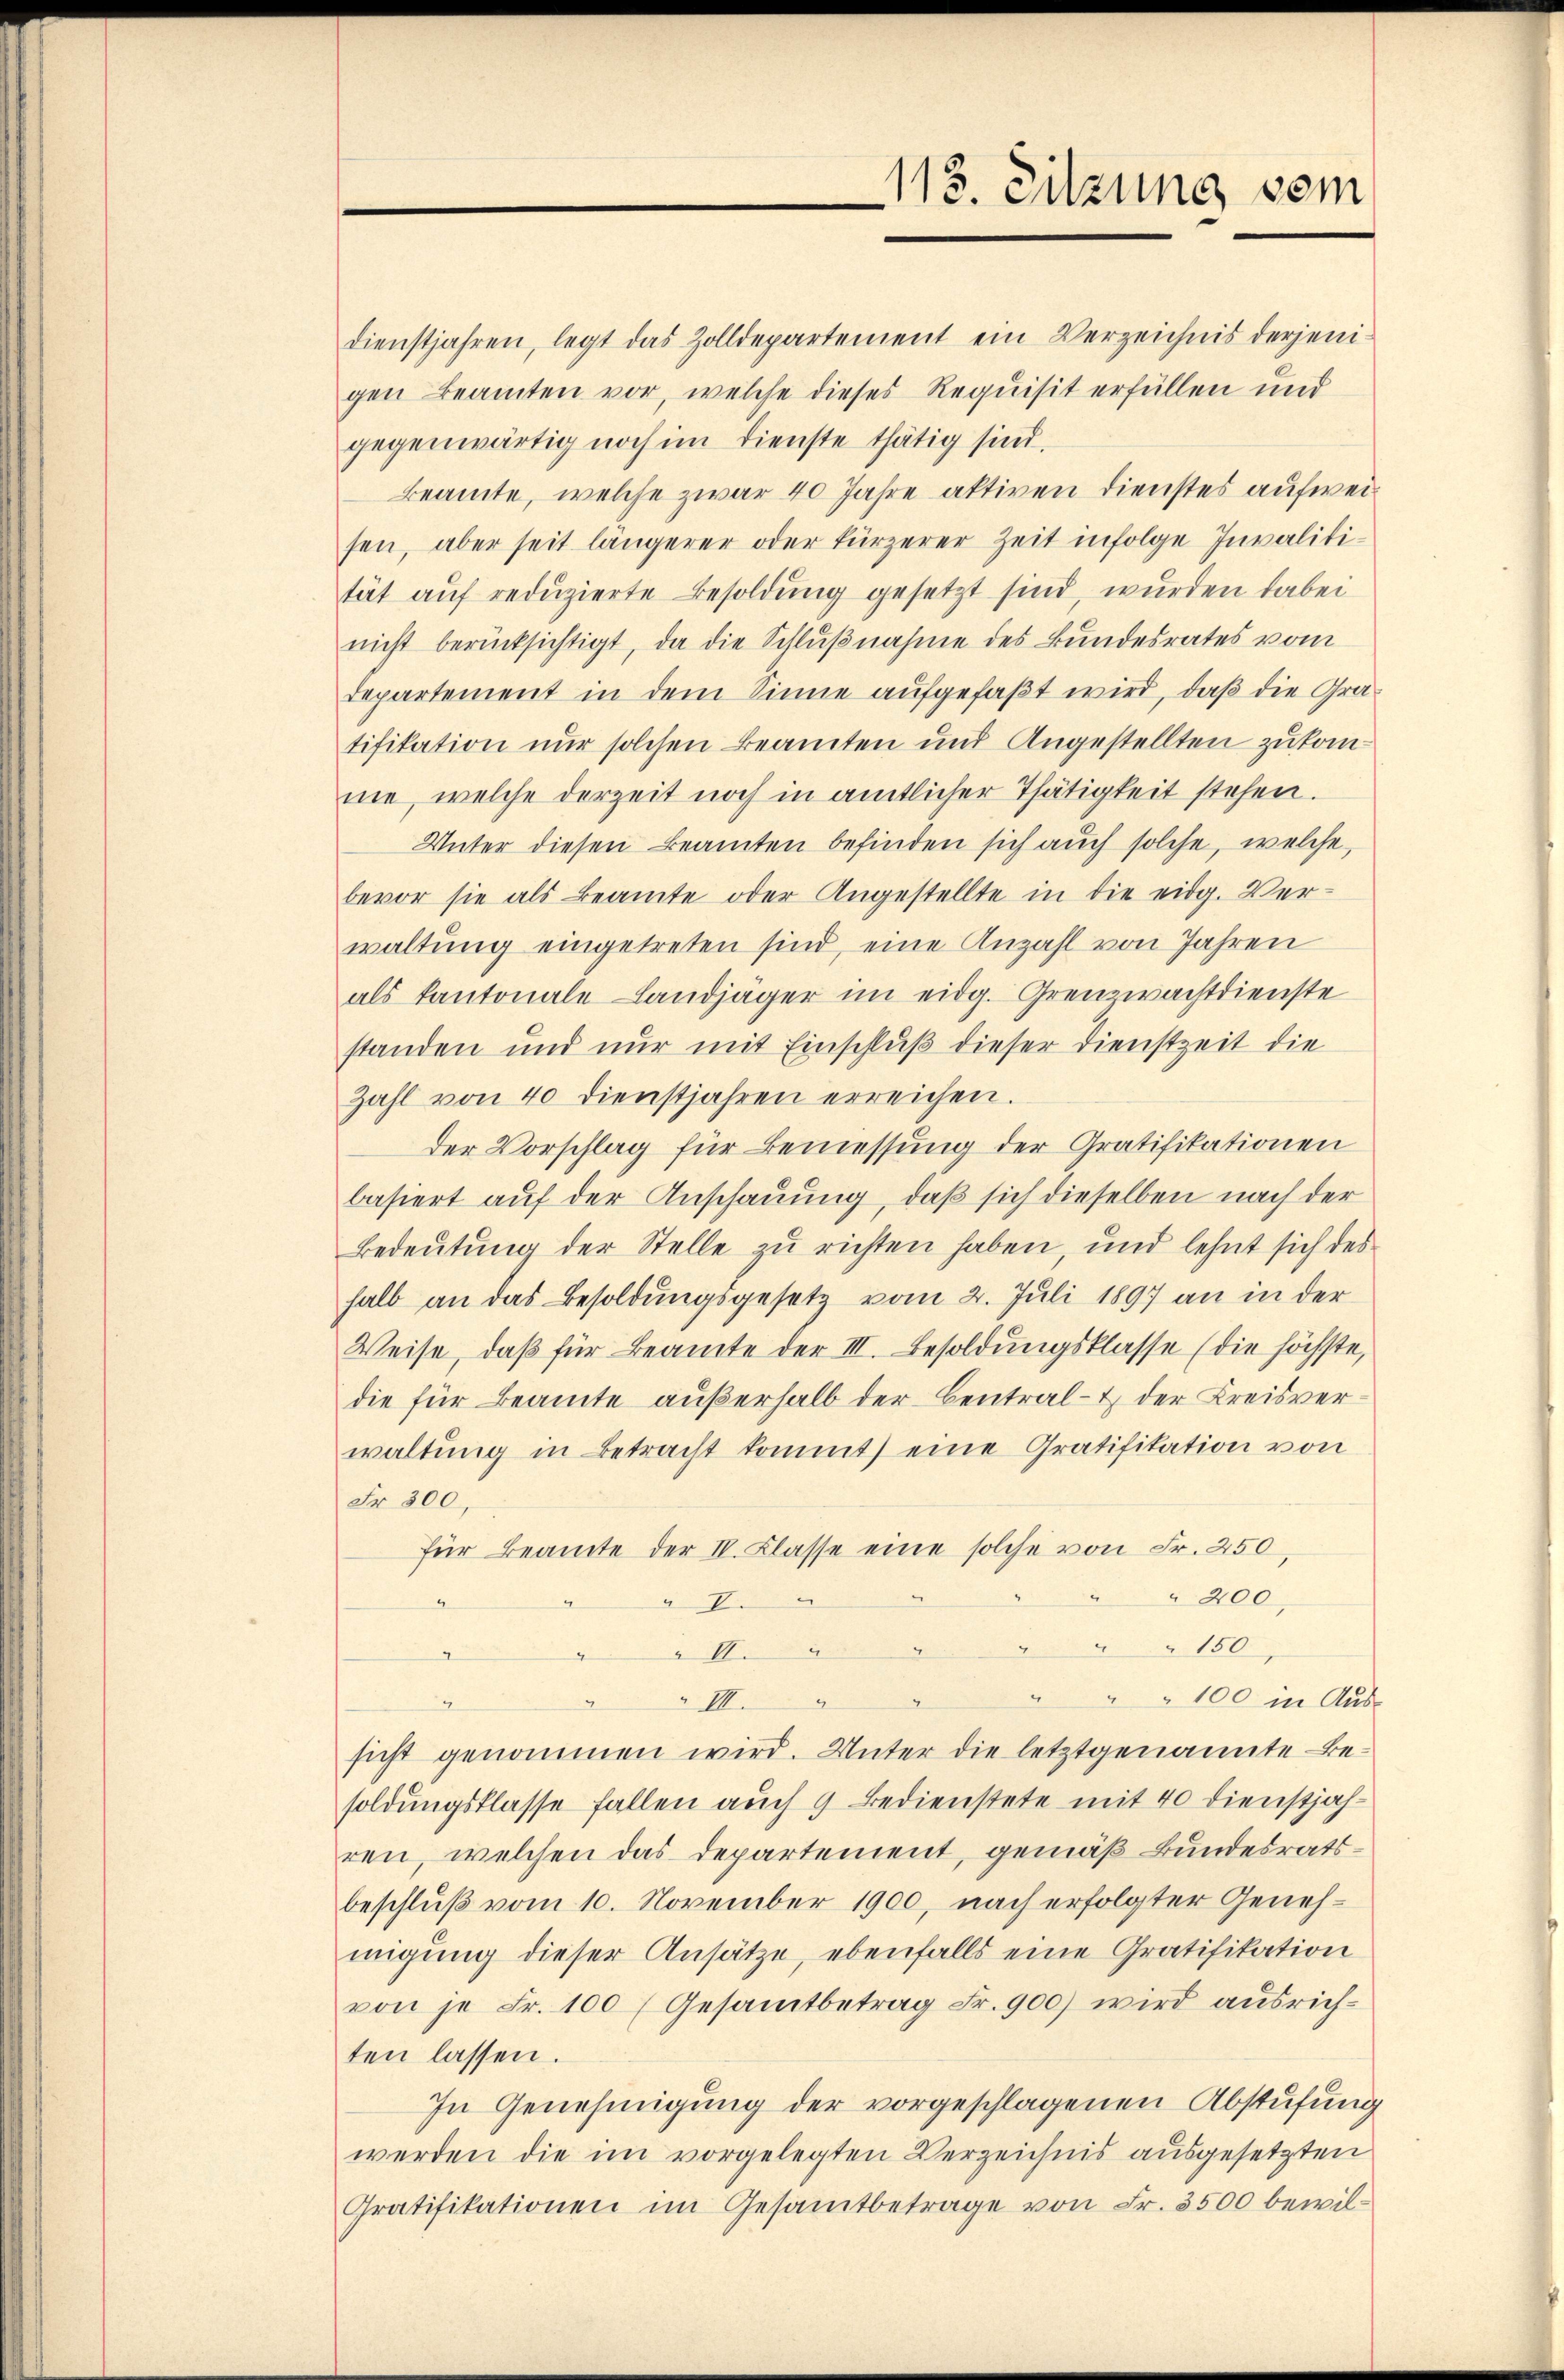
dienstjahren, legt das Zolldepartement ein Verzeichnis derjeni-
gen Beamten vor, welche dieses Requisit erfüllen und
gegenwärtig noch im Dienste thätig sind,
Beamte, welche zwar 40 Jahre aktiven Dienstes aufweisen, aber seit längerer oder kürzerer Zeit infolge Invalitität auf reduzierte Besoldung gesetzt sind, wurden dabei
nicht berücksichtigt, da die Schlŭβnahme des Bundesrates vom
departement in dem Sinne aufgefaßt wird, daß die Gratifikation nur solchen Beamten und Angestellten zukomne, welche derzeit noch in amtlicher Thätigkeit stehen.
Unter diesen Beamten befinden sich auch solche, welche,
bevor sie als Beamte oder Angestellte in die eidg. Ver-
waltung eingetreten sind, eine Anzahl von Jahren
als Kantonale Landjäger im eidg. Grenzwachtdienste
standen und nur mit Einschluß dieser Dienstzeit die
Zahl von 40 dienstjahren erreichen.
der Vorschlag für Bemessung der Gratifikationen
basiert auf der Anschauung, daß sich dieselben nach der
Bedeutung der Stelle zu richten haben, und lehnt sich des
halb an das Besoldungsgesetz vom 2. Juli 1897 an in der
Weise, daß für Beamte der III. Besoldungsklasse (die höchste,
die für Beamte außerhalb der Central - der Kreisverwaltung in Betracht kommt) eine Gratifikation von
Fr. 300,
für Beamte der IV. Klasse eine solche von Fr. 250,
200,
à 7
4
150
" I
g
" " 100 in Aus¬
VII.
sicht genommen wird. Unter die letztgenannte Besoldungsklasse fallen auch 9 Bedienstete mit 40 dienstjahren, welchen das Departement, gemäß Bundesratsbeschluß vom 10. November 1900, nach erfolgter Genehmigung dieser Ansätze, ebenfalls eine Gratifikation
von je Fr. 100 (Gesamtbetrag Fr. 900) wird ausrichten lassen.
In Genehmigung der vorgeschlagenen Abstufung
werden die im vorgelegten Verzeichnis ausgesetzten
Gratifikationen im Gesamtbetrage von Fr. 3500 bewil¬

113. Sitzung vom